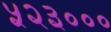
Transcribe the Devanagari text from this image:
५२३०००